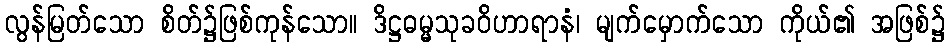
လွန်မြတ်သော စိတ်၌ဖြစ်ကုန်သော။ ဒိဋ္ဌဓမ္မသုခဝိဟာရာနံ၊ မျက်မှောက်သော ကိုယ်၏ အဖြစ်၌